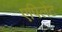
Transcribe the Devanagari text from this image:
एपिलेंट